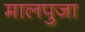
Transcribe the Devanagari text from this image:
मालपुजा